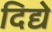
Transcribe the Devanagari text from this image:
दिद्ये